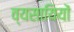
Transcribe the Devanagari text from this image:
व्यसायियों